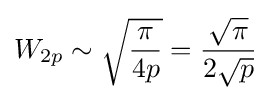
W_{2p}\sim {\sqrt {\frac {\pi }{4p}}}={\frac {\sqrt {\pi }}{2{\sqrt {p}}}}